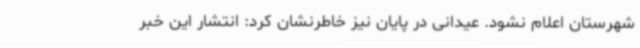
شهرستان اعلام نشود. عیدانی در پایان نیز خاطرنشان کرد: انتشار این خبر